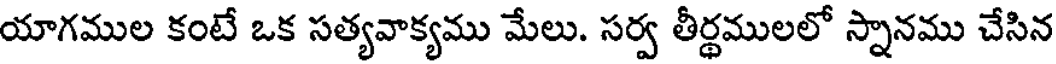
యాగముల కంటే ఒక సత్యవాక్యము మేలు. సర్వ తీర్థములలో స్నానము చేసిన